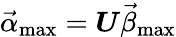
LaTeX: \vec{\alpha}_{\mathrm{max}}=\boldsymbol{U}\vec{\beta}_{\mathrm{max}}